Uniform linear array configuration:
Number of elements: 4
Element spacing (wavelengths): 0.5
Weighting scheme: kaiser
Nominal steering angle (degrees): -45
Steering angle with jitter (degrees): -44.116
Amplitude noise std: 0.05
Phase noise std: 0.05

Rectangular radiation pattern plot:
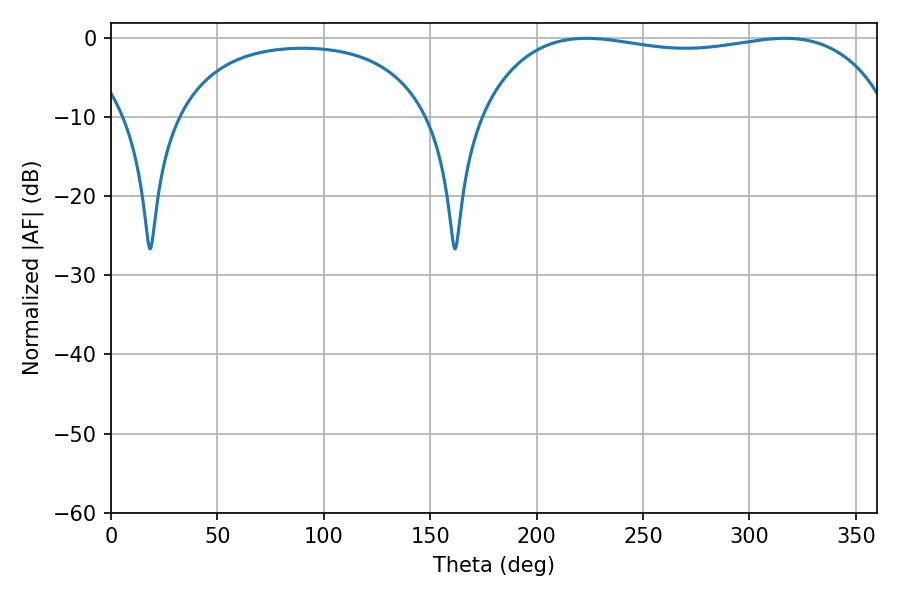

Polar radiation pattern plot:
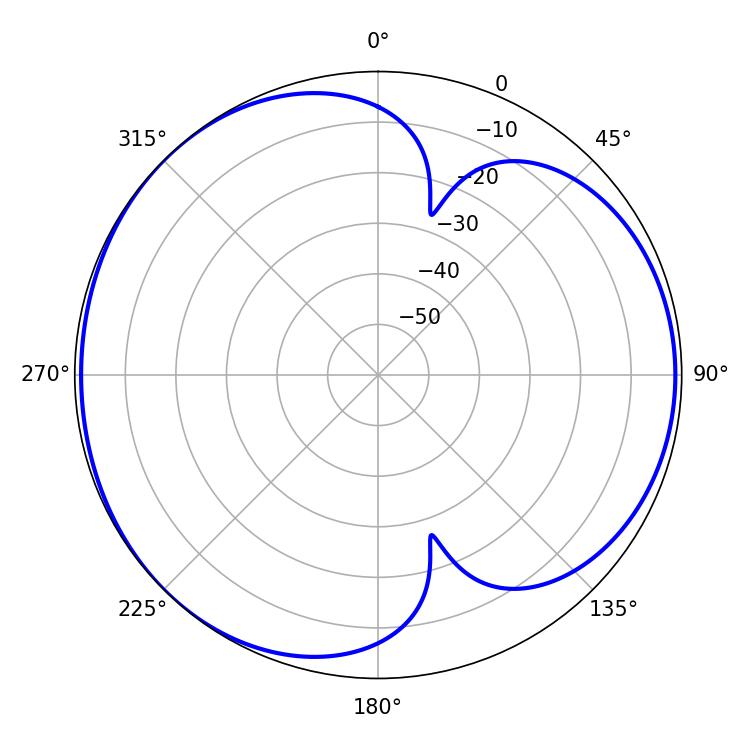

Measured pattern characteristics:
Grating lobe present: FALSE
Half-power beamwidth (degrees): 155.52
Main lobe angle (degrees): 223.38